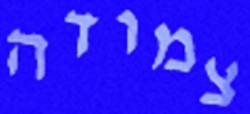
צמודה